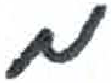
אות: מ